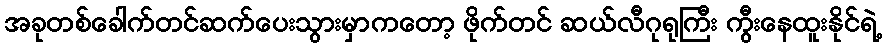
အခုတစ်ခေါက်တင်ဆက်ပေးသွားမှာကတော့ ဖိုက်တင် ဆယ်လီဂုရုကြီး ကွီးနေထူးနိုင်ရဲ့